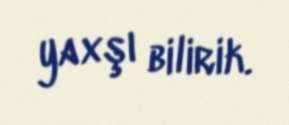
yaxşı bilirik.